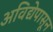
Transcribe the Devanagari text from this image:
अविद्येपासून